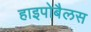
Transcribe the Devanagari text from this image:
हाइपोबैलस